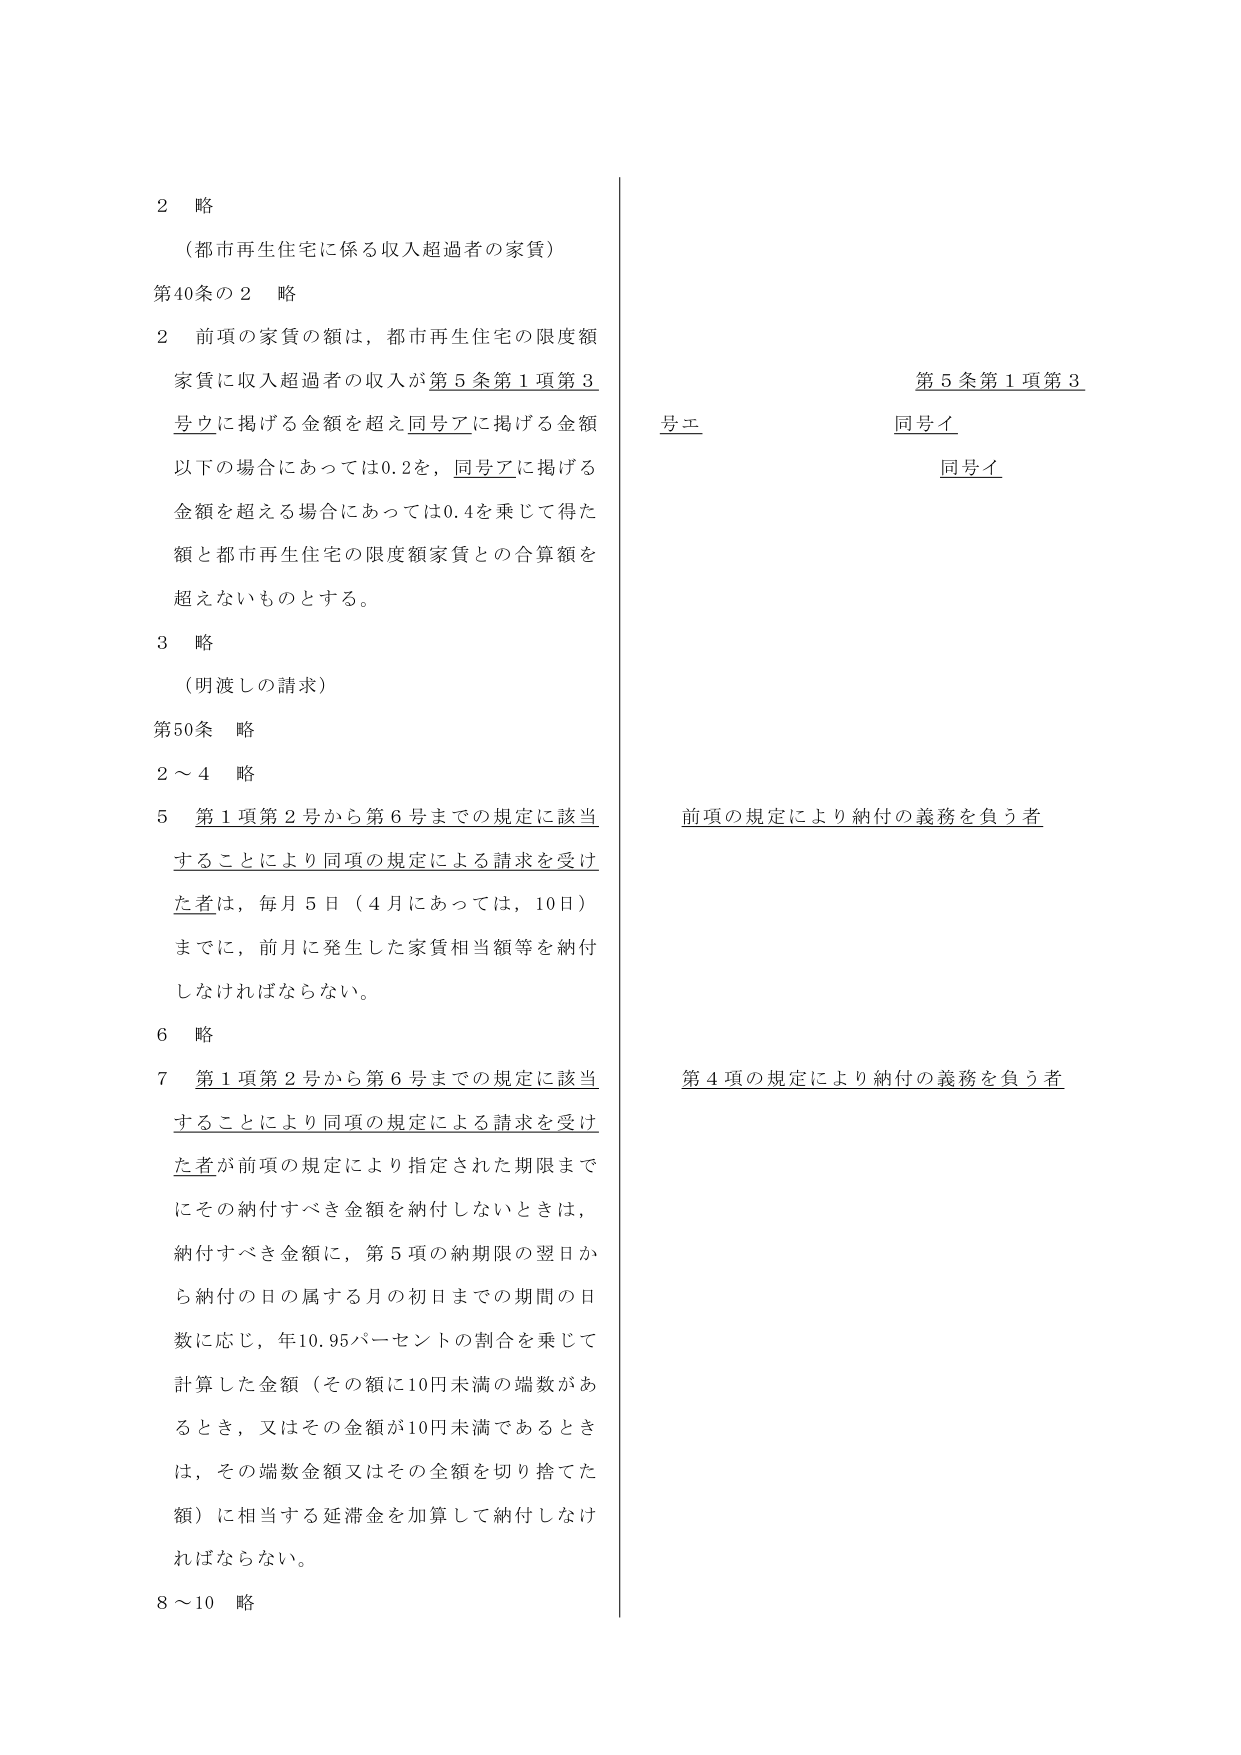
2 略
（都市再生住宅に係る収入超過者の家賃）
第40条の2 略
2 前項の家賃の額は、都市再生住宅の限度額
家賃に収入超過者の収入が第5条第1項第3
号ウに掲げる金額を超え同号アに掲げる金額
以下の場合にあっては0.2を、同号アに掲げる
金額を超える場合にあっては0.4を乗じて得た
額と都市再生住宅の限度額家賃との合算額を
超えないものとする。
3 略
（明渡しの請求）
第50条 略
2～4 略
5 第1項第2号から第6号までの規定に該当
することにより同項の規定による請求を受け
た者は、毎月5日（4月にあっては、10日）
までに、前月に発生した家賃相当額等を納付
しなければならない。
6 略
7 第1項第2号から第6号までの規定に該当
することにより同項の規定による請求を受け
た者が前項の規定により指定された期限まで
にその納付すべき金額を納付しないときは、
納付すべき金額に、第5項の納期限の翌日か
ら納付の日の属する月の初日までの期間の日
数に応じ、年10.95パーセントの割合を乗じて
計算した金額（その額に10円未満の端数があ
るとき、又はその金額が10円未満であるとき
は、その端数金額又はその全額を切り捨てた
額）に相当する延滞金を加算して納付しなけ
ればならない。
8～10 略

第5条第1項第3
号エ
同号イ
同号イ

前項の規定により納付の義務を負う者

第4項の規定により納付の義務を負う者